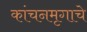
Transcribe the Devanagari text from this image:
कांचनमृगाचे